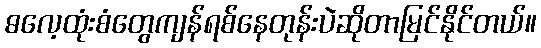
ဓလေ့ထုံးစံတွေကျန်ရစ်နေတုန်းပဲဆိုတာမြင်နိုင်တယ်။